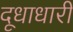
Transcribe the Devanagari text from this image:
दूधाधारी